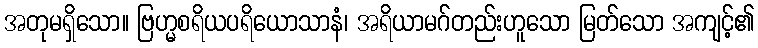
အတုမရှိသော။ ဗြဟ္မစရိယပရိယောသာနံ၊ အရိယာမဂ်တည်းဟူသော မြတ်သော အကျင့်၏